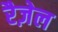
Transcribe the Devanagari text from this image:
रैज़ेल